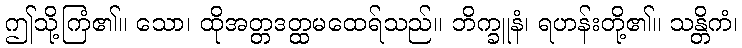
ဤသို့ကြံ၏။ သော၊ ထိုအတ္တဒတ္ထမထေရ်သည်။ ဘိက္ခူနံ၊ ရဟန်းတို့၏။ သန္တိကံ၊